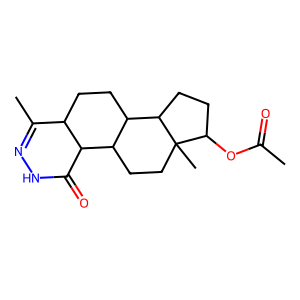
SMILES: CC(=O)OC1CCC2C3CCC4C(C)=NNC(=O)C4C3CCC12C
Inhibits HIV replication: No